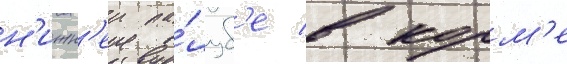
н'ижн'еи па́луб'е в корм'е